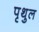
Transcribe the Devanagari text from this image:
पृथुल